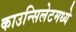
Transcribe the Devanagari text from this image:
काउन्सिलेटमध्ये